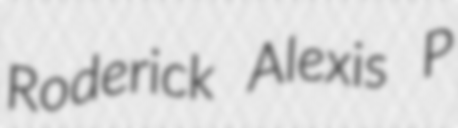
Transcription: Roderick Alexis P